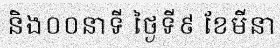
និង០០នាទី ថ្ងៃទី៩ ខែមីនា